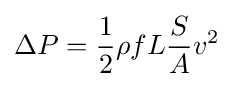
\Delta P={\frac {1}{2}}\rho fL{\frac {S}{A}}v^{2}